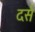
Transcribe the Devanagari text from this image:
दर्स